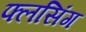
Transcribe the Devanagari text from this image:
फ्लसिंग